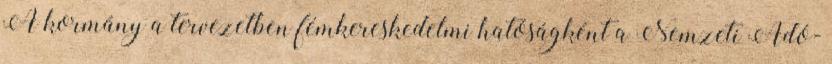
A kormány a tervezetben fémkereskedelmi hatóságként a Nemzeti Adó-